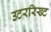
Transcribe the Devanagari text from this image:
उटररिख्ट